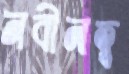
নবীনত্ব